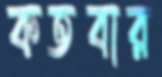
কতবার